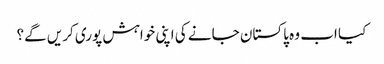
کیا اب وہ پاکستان جانے کی اپنی خواہش پوری کریں گے؟